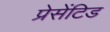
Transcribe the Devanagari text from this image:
प्रेसेंटिड